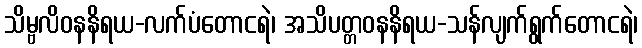
သိမ္ဗလိဝနနိရယ-လက်ပံတောငရဲ၊ အသိပတ္တဝနနိရယ-သန်လျက်ရွက်တောငရဲ၊